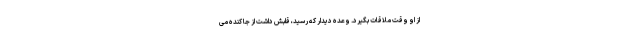
از او وقت ملاقات بگیرد. وعده دیدار که رسید، قلبش داشت از جا کنده می